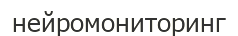
нейромониторинг